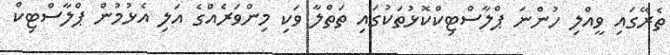
ތެރޭގައި ވީއްލި ހުންނަ ޕްލާސްޓިކްކޮޅުތަކުގައި ތަތްލާ ވަކި މިންވަރެއްގެ އަލި އެޅުމުން ޕްލާސްޓިކް